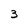
Character: 3